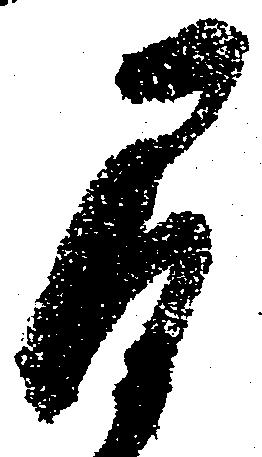
間